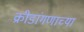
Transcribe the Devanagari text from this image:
क्रीडांगणाच्या